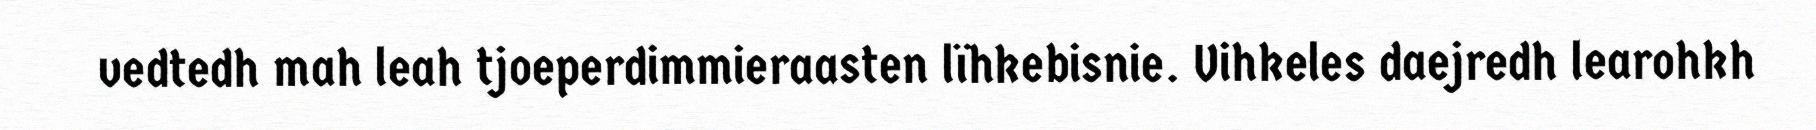
vedtedh mah leah tjoeperdimmieraasten lïhkebisnie. Vihkeles daejredh learohkh